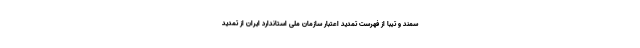
سمند و تیبا از فهرست تمدید اعتبار سازمان ملی استاندارد ایران از تمدید